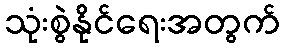
သုံးစွဲနိုင်ရေးအတွက်